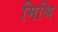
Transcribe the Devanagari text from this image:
मिश्रि